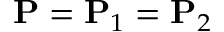
\mathbf { P } = \mathbf { P } _ { 1 } = \mathbf { P } _ { 2 }